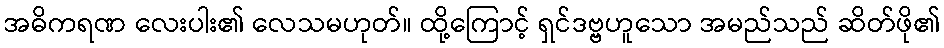
အဓိကရဏ လေးပါး၏ လေသမဟုတ်။ ထို့ကြောင့် ရှင်ဒဗ္ဗဟူသော အမည်သည် ဆိတ်ဖို၏